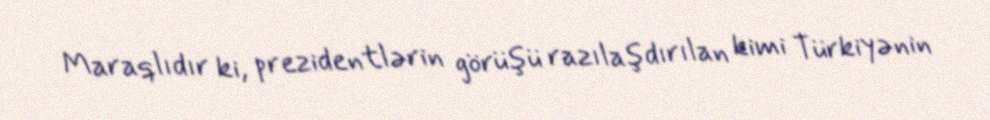
Maraqlıdır ki, prezidentlərin görüşü razılaşdırılan kimi Türkiyənin